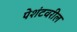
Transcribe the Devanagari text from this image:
पेशंटवरील